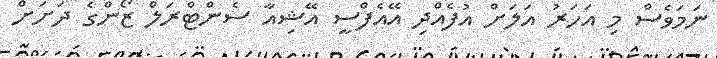
ނަމަވެސް މި އަހަރު އަލަށް އުފެއްދި އޭއެފްސީ އޭޝިއާ ސެންޓްރަލް ޒޯންގެ ދަށަށް